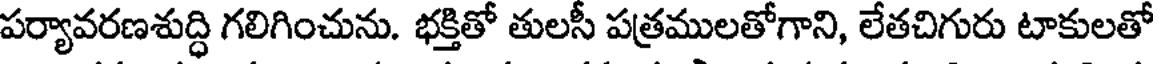
పర్యావరణశుద్ధి గలిగించును. భక్తితో తులసీ పత్రములతోగాని, లేతచిగురు టాకులతో